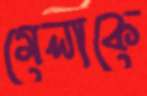
মেলাকে